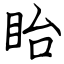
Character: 眙